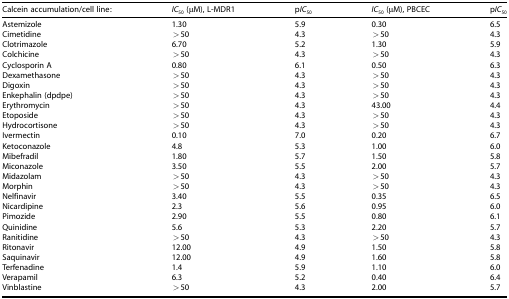
<table><thead><tr><td><b>Calcein accumulation/cell line:</b></td><td><b><i>IC</i><sub>50</sub> (μM), L-MDR1</b></td><td><b>p<i>IC</i><sub>50</sub></b></td><td><b><i>IC</i><sub>50</sub> (μM), PBCEC</b></td><td><b>p<i>IC</i><sub>50</sub></b></td></tr></thead><tbody><tr><td>Astemizole</td><td>1.30</td><td>5.9</td><td>0.30</td><td>6.5</td></tr><tr><td>Cimetidine</td><td>&gt;50</td><td>4.3</td><td>&gt;50</td><td>4.3</td></tr><tr><td>Clotrimazole</td><td>6.70</td><td>5.2</td><td>1.30</td><td>5.9</td></tr><tr><td>Colchicine</td><td>&gt;50</td><td>4.3</td><td>&gt;50</td><td>4.3</td></tr><tr><td>Cyclosporin A</td><td>0.80</td><td>6.1</td><td>0.50</td><td>6.3</td></tr><tr><td>Dexamethasone</td><td>&gt;50</td><td>4.3</td><td>&gt;50</td><td>4.3</td></tr><tr><td>Digoxin</td><td>&gt;50</td><td>4.3</td><td>&gt;50</td><td>4.3</td></tr><tr><td>Enkephalin (dpdpe)</td><td>&gt;50</td><td>4.3</td><td>&gt;50</td><td>4.3</td></tr><tr><td>Erythromycin</td><td>&gt;50</td><td>4.3</td><td>43.00</td><td>4.4</td></tr><tr><td>Etoposide</td><td>&gt;50</td><td>4.3</td><td>&gt;50</td><td>4.3</td></tr><tr><td>Hydrocortisone</td><td>&gt;50</td><td>4.3</td><td>&gt;50</td><td>4.3</td></tr><tr><td>Ivermectin</td><td>0.10</td><td>7.0</td><td>0.20</td><td>6.7</td></tr><tr><td>Ketoconazole</td><td>4.8</td><td>5.3</td><td>1.00</td><td>6.0</td></tr><tr><td>Mibefradil</td><td>1.80</td><td>5.7</td><td>1.50</td><td>5.8</td></tr><tr><td>Miconazole</td><td>3.50</td><td>5.5</td><td>2.00</td><td>5.7</td></tr><tr><td>Midazolam</td><td>&gt;50</td><td>4.3</td><td>&gt;50</td><td>4.3</td></tr><tr><td>Morphin</td><td>&gt;50</td><td>4.3</td><td>&gt;50</td><td>4.3</td></tr><tr><td>Nelfinavir</td><td>3.40</td><td>5.5</td><td>0.35</td><td>6.5</td></tr><tr><td>Nicardipine</td><td>2.3</td><td>5.6</td><td>0.95</td><td>6.0</td></tr><tr><td>Pimozide</td><td>2.90</td><td>5.5</td><td>0.80</td><td>6.1</td></tr><tr><td>Quinidine</td><td>5.6</td><td>5.3</td><td>2.20</td><td>5.7</td></tr><tr><td>Ranitidine</td><td>&gt;50</td><td>4.3</td><td>&gt;50</td><td>4.3</td></tr><tr><td>Ritonavir</td><td>12.00</td><td>4.9</td><td>1.50</td><td>5.8</td></tr><tr><td>Saquinavir</td><td>12.00</td><td>4.9</td><td>1.60</td><td>5.8</td></tr><tr><td>Terfenadine</td><td>1.4</td><td>5.9</td><td>1.10</td><td>6.0</td></tr><tr><td>Verapamil</td><td>6.3</td><td>5.2</td><td>0.40</td><td>6.4</td></tr><tr><td>Vinblastine</td><td>&gt;50</td><td>4.3</td><td>2.00</td><td>5.7</td></tr></tbody></table>